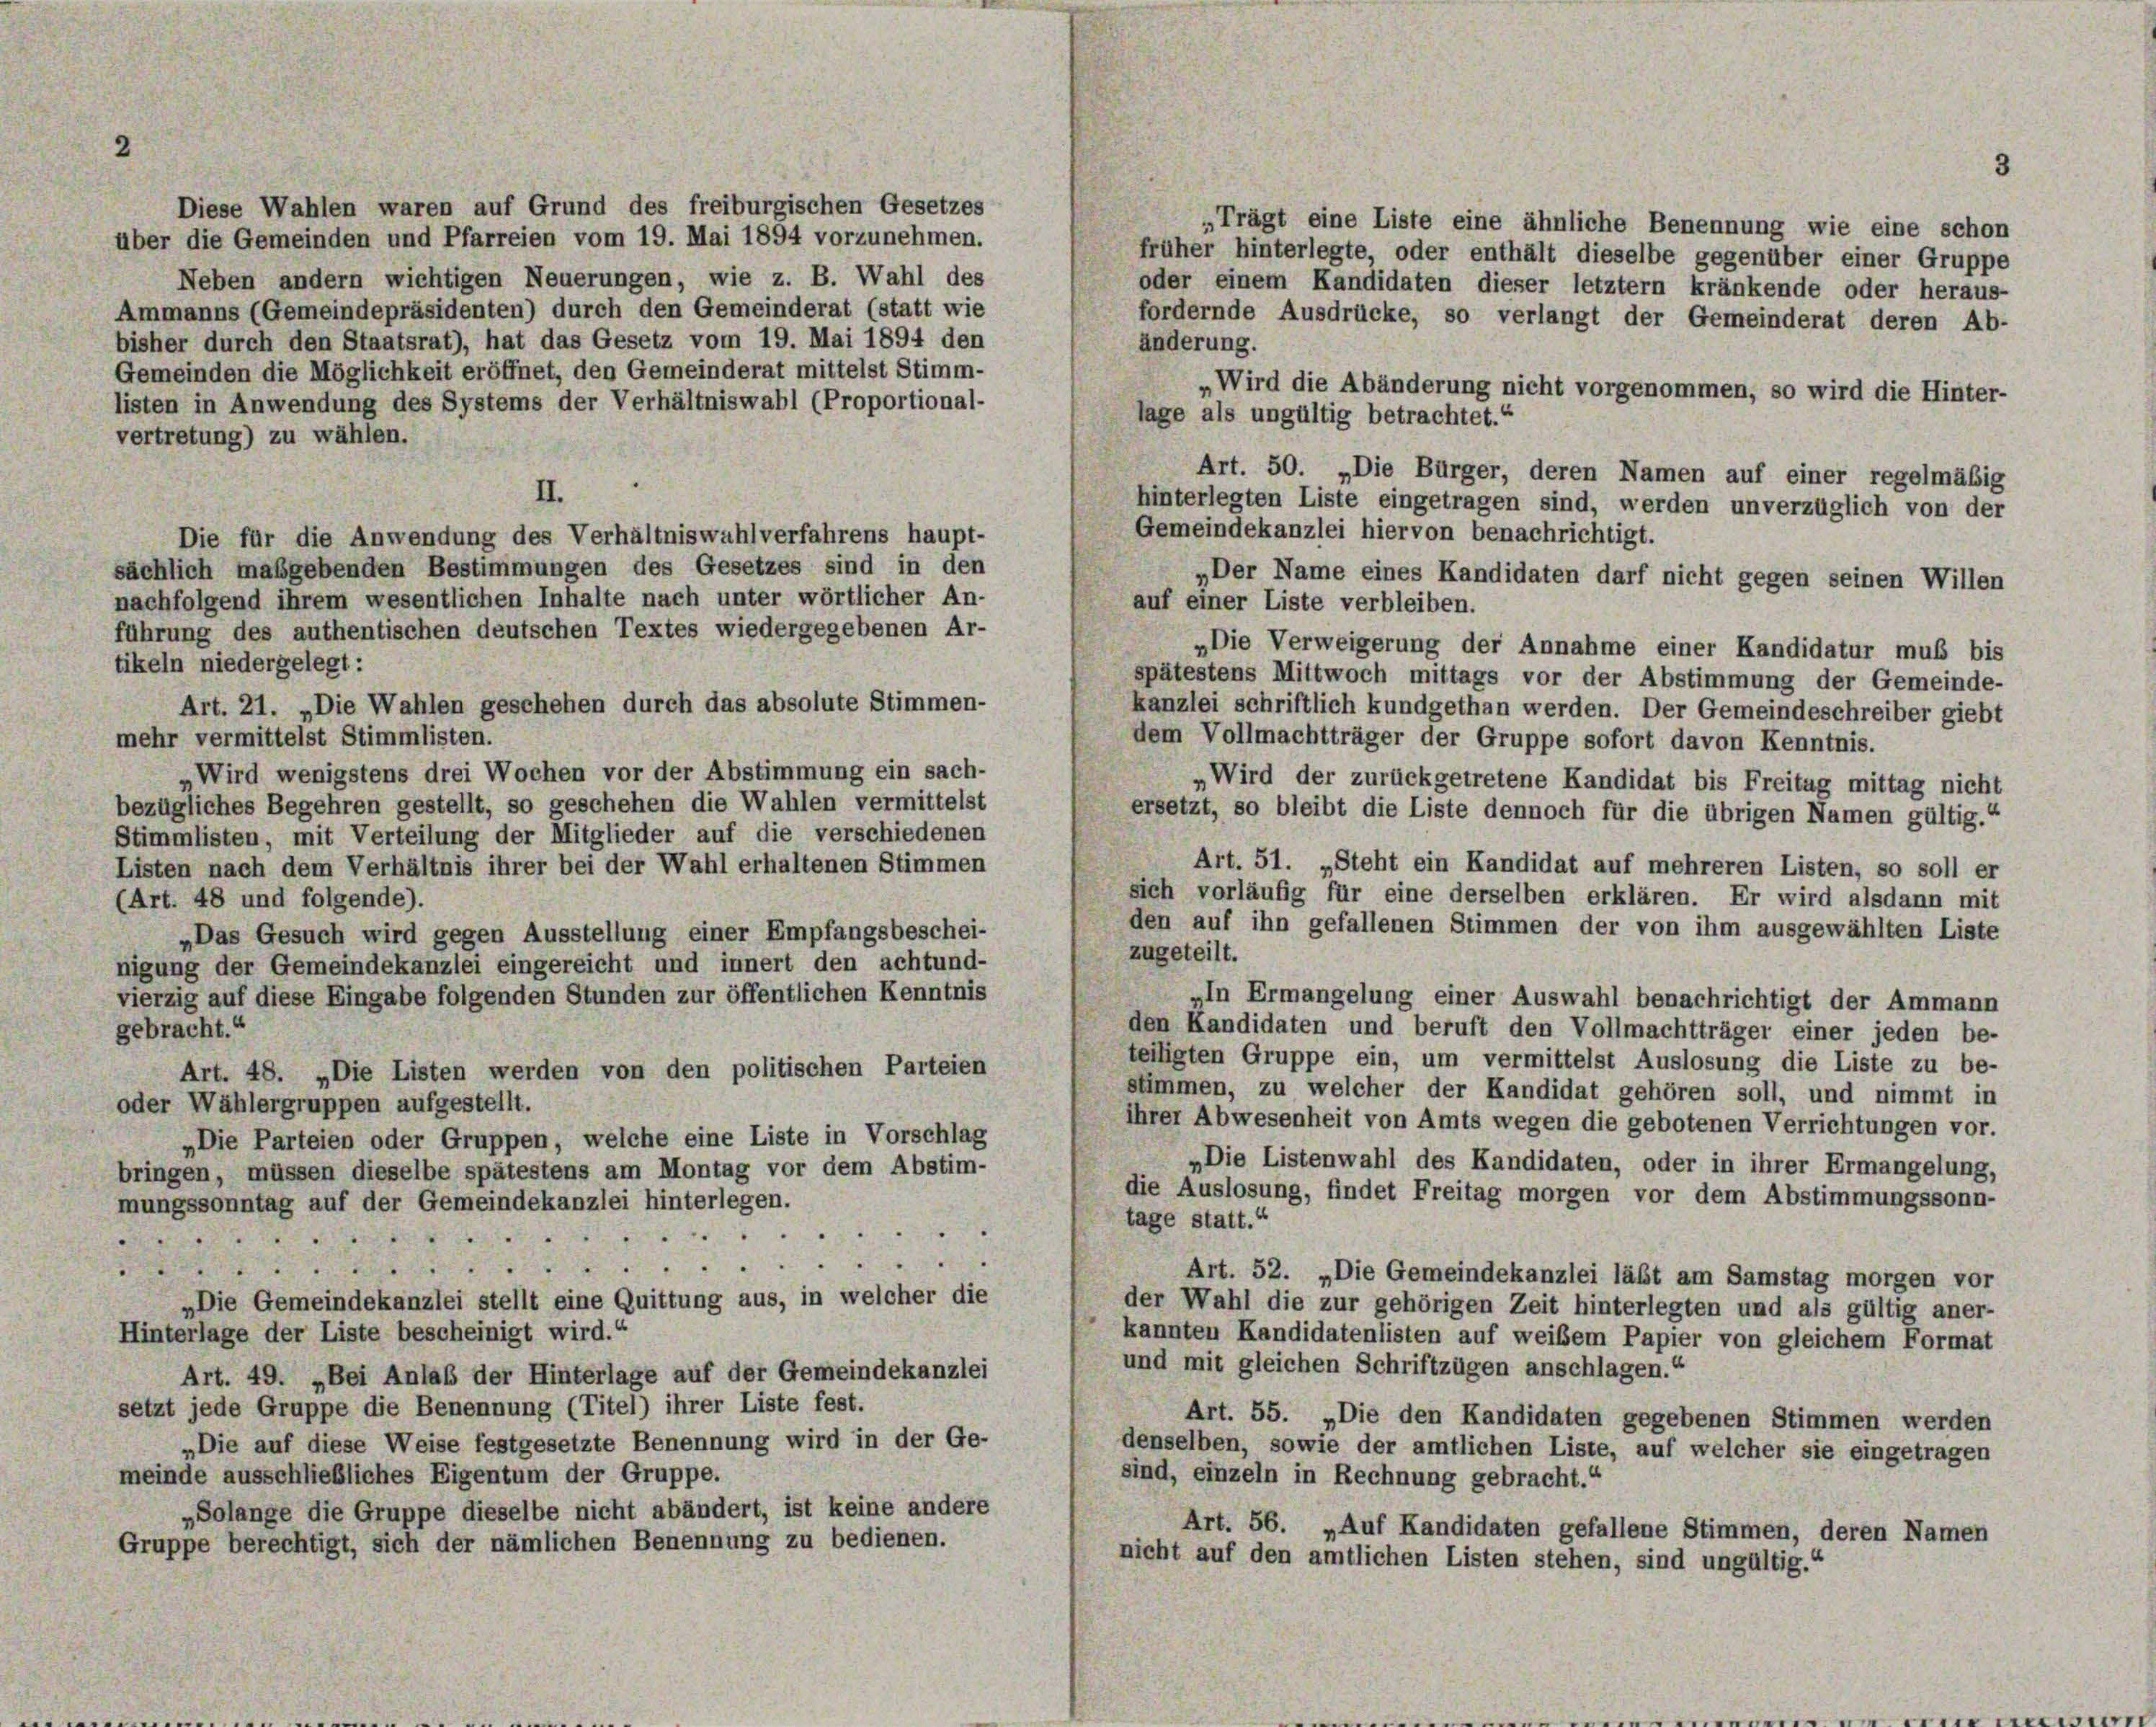
2

Diese Wahlen waren auf Grund des freiburgischen Gesetzes
„Trägt eine Liste eine ähnliche Benennung wie eine schon
über die Gemeinden und Pfarreien vom 19. Mai 1894 vorzunehmen.
früher hinterlegte, oder enthält dieselbe gegenüber einer Gruppe
Neben andern wichtigen Neuerungen, wie z. B. Wahl des
oder einem Kandidaten dieser letztem kränkende oder heraus-
Ammanns (Gemeindepräsidenten) durch den Gemeinderat (statt wie
fordernde Ausdrücke, so verlangt der Gemeinderat deren Ab-
bisher durch den Staatsrat), hat das Gesetz vom 19. Mai 1894 den
änderung.
Gemeinden die Möglichkeit eröffnet, den Gemeinderat mittelst Stimm-
„Wird die Abänderung nicht vorgenommen, so wird die Hinter-
listen in Anwendung des Systems der Verhältniswahl (Proportional-
lage als ungültig betrachtet.“
vertretung) zu wählen.
Art. 50. „Die Bürger, deren Namen auf einer regelmäßig
II.
hinterlegten Liste eingetragen sind, werden unverzüglich von der
Gemeindekanzlei hiervon benachrichtigt.
Die für die Anwendung des Verhältniswahlverfahrens haupt-
sächlich maßgebenden Bestimmungen des Gesetzes sind in den
„Der Name eines Kandidaten darf nicht gegen seinen Willen
nachfolgend ihrem wesentlichen Inhalte nach unter wörtlicher An-
auf einer Liste verbleiben.
führung des authentischen deutschen Textes wiedergegebenen Ar-
„Die Verweigerung der Annahme einer Kandidatur muß bis
tikeln niedergelegt:
spätestens Mittwoch mittags vor der Abstimmung der Gemeinde-
Art. 21. „Die Wahlen geschehen durch das absolute Stimmen-
kanzlei schriftlich kundgethan werden. Der Gemeindeschreiber giebt
mehr vermittelst Stimmlisten.
dem Vollmachtträger der Gruppe sofort davon Kenntnis.
Wird wenigstens drei Wochen vor der Abstimmung ein sach-
Wird der zurückgetretene Kandidat bis Freitag mittag nicht
bezügliches Begehren gestellt, so geschehen die Wahlen vermittelst
ersetzt, so bleibt die Liste dennoch für die übrigen Namen gültig.“
Stimmlisten, mit Verteilung der Mitglieder auf die verschiedenen
Art. 51. „Steht ein Kandidat auf mehreren Listen, so soll er
Listen nach dem Verhältnis ihrer bei der Wahl erhaltenen Stimmen
sich vorläufig für eine derselben erklären. Er wird alsdann mit
(Art. 48 und folgende).
den auf ihn gefallenen Stimmen der von ihm ausgewählten Liste
„Das Gesuch wird gegen Ausstellung einer Empfangsbeschei-
zugeteilt.
nigung der Gemeindekanzlei eingereicht und innert den achtund-
vierzig auf diese Eingabe folgenden Stunden zur öffentlichen Kenntnis
„In Ermangelung einer Auswahl benachrichtigt der Ammann
den Kandidaten und beruft den Vollmachtträger einer jeden be-
gebracht.“
teiligten Gruppe ein, um vermittelst Auslosung die Liste zu be-
Art. 48. „Die Listen werden von den politischen Parteien
stimmen, zu welcher der Kandidat gehören soll, und nimmt in
oder Wählergruppen aufgestellt.
ihrer Abwesenheit von Amts wegen die gebotenen Verrichtungen vor.
„Die Parteien oder Gruppen, welche eine Liste in Vorschlag
„Die Listenwahl des Kandidaten, oder in ihrer Ermangelung,
bringen, müssen dieselbe spätestens am Montag vor dem Abstim-
die Auslosung, findet Freitag morgen vor dem Abstimmungssonn-
mungssonntag auf der Gemeindekanzlei hinterlegen.
tage statt.“
. . . . . . . "
2
t
s
.
isse
Art. 52. „Die Gemeindekanzlei läßt am Samstag morgen vor
„Die Gemeindekanzlei stellt eine Quittung aus, in welcher die
der Wahl die zur gehörigen Zeit hinterlegten und als gültig aner-
Hinterlage der Liste bescheinigt wird.“
kannten Kandidatenlisten auf weißem Papier von gleichem Format
und mit gleichen Schriftzügen anschlagen.“
Art. 49. „Bei Anlaß der Hinterlage auf der Gemeindekanzlei
setzt jede Gruppe die Benennung (Titel) ihrer Liste fest.
Art. 55. „Die den Kandidaten gegebenen Stimmen werden
„Die auf diese Weise festgesetzte Benennung wird in der Ge-
denselben, sowie der amtlichen Liste, auf welcher sie eingetragen
meinde ausschließliches Eigentum der Gruppe.
sind, einzeln in Rechnung gebracht.“
„Solange die Gruppe dieselbe nicht abändert, ist keine andere
Art. 56. „Auf Kandidaten gefallene Stimmen, deren Namen
Gruppe berechtigt, sich der nämlichen Benennung zu bedienen.
nicht auf den amtlichen Listen stehen, sind ungültig.

3